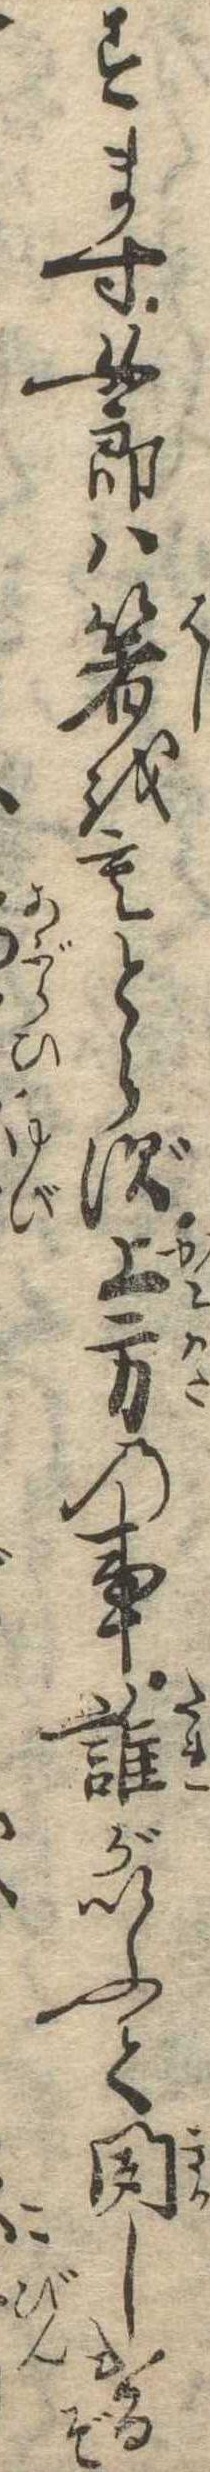
すます女郎は箸をもとらず上方の事誰がいふて聞しけるぞ